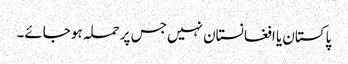
پاکستان یا افغانستان نہیں جس پر حملہ ہو جائے۔